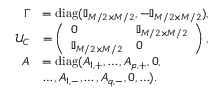
\begin{array} { r l } { \Gamma } & { = \mathrm { d i a g } ( \mathbb { I } _ { M / 2 \times M / 2 } , - \mathbb { I } _ { M / 2 \times M / 2 } ) , } \\ { \mathcal { U } _ { C } } & { = \left( \begin{array} { l l } { 0 } & { \mathbb { I } _ { M / 2 \times M / 2 } } \\ { \mathbb { I } _ { M / 2 \times M / 2 } } & { 0 } \end{array} \right) , } \\ { A } & { = \mathrm { d i a g } ( A _ { 1 , + } , \ldots , A _ { p , + } , 0 , } \\ & { \ldots , A _ { 1 , - } , \ldots , A _ { q , - } , 0 , \ldots ) . } \end{array}